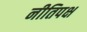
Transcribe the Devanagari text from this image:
नीतिपक्ष